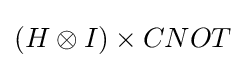
(H\otimes I)\times CNOT